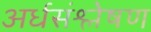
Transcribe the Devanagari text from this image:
अर्धसंश्लेषण